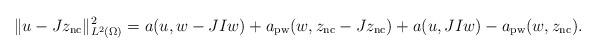
LaTeX: \begin{align*}\Vert u-Jz_{\mathrm{nc}}\Vert_{L^2(\Omega)}^2&= a(u, {w}-JI{w})+a_{\mathrm{pw}}({w}, z_{\mathrm{nc}}-Jz_{\mathrm{nc}})+a(u, JI{w})-a_{\mathrm{pw}}({w},z_{\mathrm{nc}}). \end{align*}